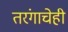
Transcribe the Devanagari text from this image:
तरंगाचेही